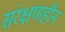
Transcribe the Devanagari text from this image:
संरक्षणहीन